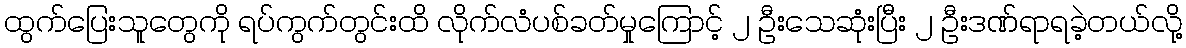
ထွက်ပြေးသူတွေကို ရပ်ကွက်တွင်းထိ လိုက်လံပစ်ခတ်မှုကြောင့် ၂ ဦးသေဆုံးပြီး ၂ ဦးဒဏ်ရာရခဲ့တယ်လို့